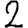
Digit: 2